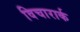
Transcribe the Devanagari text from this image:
विचारार्क